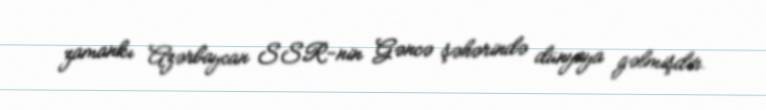
zamankı Azərbaycan SSR-nin Gəncə şəhərində dünyaya gəlmişdir.